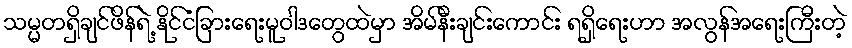
သမ္မတရှိချင်ဖိန်ရဲ့ နိုင်ငံခြားရေးမူဝါဒတွေထဲမှာ အိမ်နီးချင်းကောင်း ရရှိရေးဟာ အလွန်အရေးကြီးတဲ့